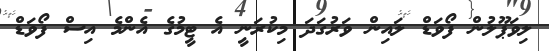
ލިވަޕޫލުން ފޯވަޑް ލައިން ވަރުގަދަ މިކުރަނީ އެ ޓީމުގެ އެންމެ އިސް ފޯވަޑް